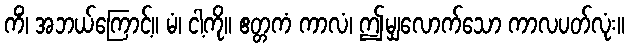
ကိံ၊ အဘယ်ကြောင့်။ မံ၊ ငါ့ကို။ ဧတ္တကံ ကာလံ၊ ဤမျှလောက်သော ကာလပတ်လုံး။